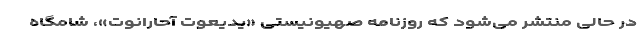
در حالی منتشر می‌شود که روزنامه صهیونیستی «یدیعوت آحارانوت»،‌ شامگاه